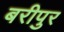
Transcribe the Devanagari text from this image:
बरीपुर